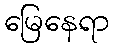
မြေနေရာ